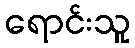
ရောင်းသူ